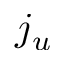
j _ { u }